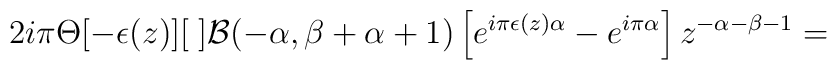
2i\pi\Theta[-\epsilon(z)][\;]{\cal B}(-\alpha,\beta+\alpha+1)\left[e^{i\pi\epsilon(z)\alpha}-e^{i\pi\alpha}\right]z^{-\alpha-\beta-1}=